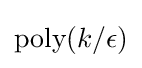
\textstyle {\text{poly}}(k/\epsilon )